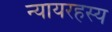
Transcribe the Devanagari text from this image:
न्यायरहस्य